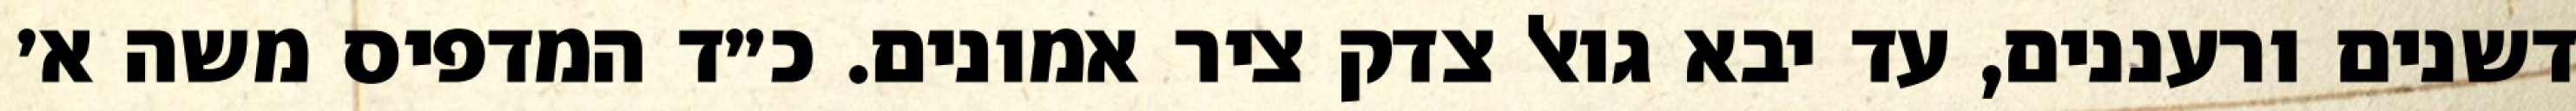
דשנים ורעננים, עד יבא גואל צדק ציר אמונים. כ״ד המדפיס משה א׳